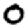
Digit: 0